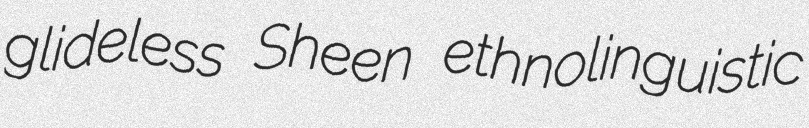
glideless Sheen ethnolinguistic